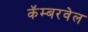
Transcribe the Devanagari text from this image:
कॅम्बरवेल